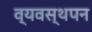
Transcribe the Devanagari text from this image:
व्यवस्थपन